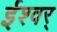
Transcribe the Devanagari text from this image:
ईश्वर्